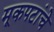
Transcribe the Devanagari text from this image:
मूकपटांचे